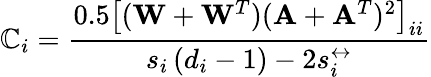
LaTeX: \mathbb{C}_{i}=\frac{{0.5\left[(\mathbf{{W}}+\mathbf{{W}}^{T})(\mathbf{{A}}+\mathbf{{A}}^{T})^{2}\right]_{ii}}}{{s_{i}\left(d_{i}-1\right)-2s_{i}^{\leftrightarrow}}}